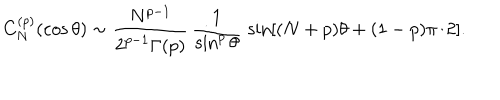
C _ { N } ^ { ( p ) } ( \cos \theta ) \sim { \frac { N ^ { p - 1 } } { 2 ^ { p - 1 } \Gamma ( p ) } } \, { \frac { 1 } { \sin ^ { p } \theta } } \, \sin [ ( N + p ) \theta + ( 1 - p ) \pi / 2 ] .